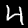
Digit: 4